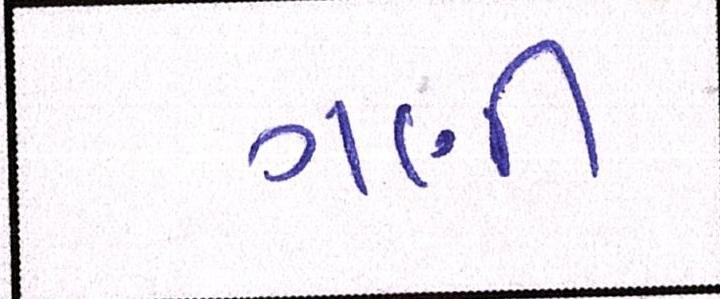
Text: ગણી